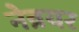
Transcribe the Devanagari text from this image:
नेन्नयर